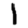
Digit: 1